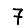
Digit: 7